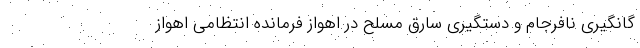
گانگیری نافرجام و دستگیری سارق مسلح در اهواز فرمانده انتظامی اهواز